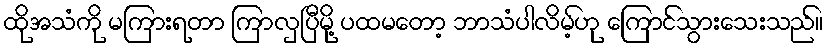
ထိုအသံကို မကြားရတာ ကြာလှပြီမို့ ပထမတော့ ဘာသံပါလိမ့်ဟု ကြောင်သွားသေးသည်။